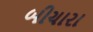
બીચારા